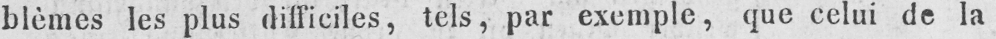
blèmes les plus difficiles, tels, par exemple, que celui de la